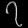
Digit: ၇